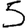
Digit: 5